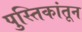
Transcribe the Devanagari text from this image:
पुस्तिकांतून